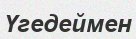
Үгедеймен